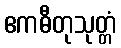
ဧကဓီတုသုတ္တံ